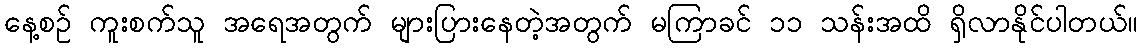
နေ့စဉ် ကူးစက်သူ အရေအတွက် များပြားနေတဲ့အတွက် မကြာခင် ၁၁ သန်းအထိ ရှိလာနိုင်ပါတယ်။